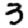
Digit: 3